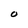
Character: O